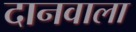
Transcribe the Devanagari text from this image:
दानवाला